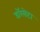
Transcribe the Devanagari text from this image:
डॉरसेटा